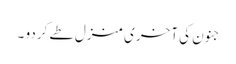
جنون کی آخری منزل طے کردو ۔